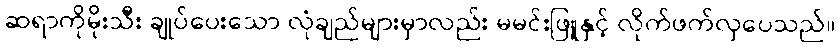
ဆရာကိုမိုးသီး ချုပ်ပေးသော လုံချည်များမှာလည်း မမင်းဖြူနှင့် လိုက်ဖက်လှပေသည်။